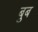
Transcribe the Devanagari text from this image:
बुब